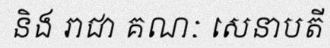
និង រាជា គណៈ សេនាបតី